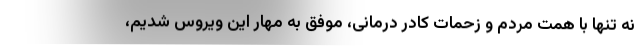
نه تنها با همت مردم و زحمات کادر درمانی، موفق به مهار این ویروس شدیم،